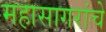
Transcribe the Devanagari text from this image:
महासागरांचे